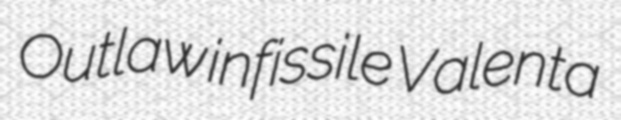
Outlaw infissile Valenta